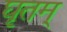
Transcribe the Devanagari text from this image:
घृतम्